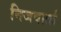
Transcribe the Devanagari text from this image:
निजवार्ता